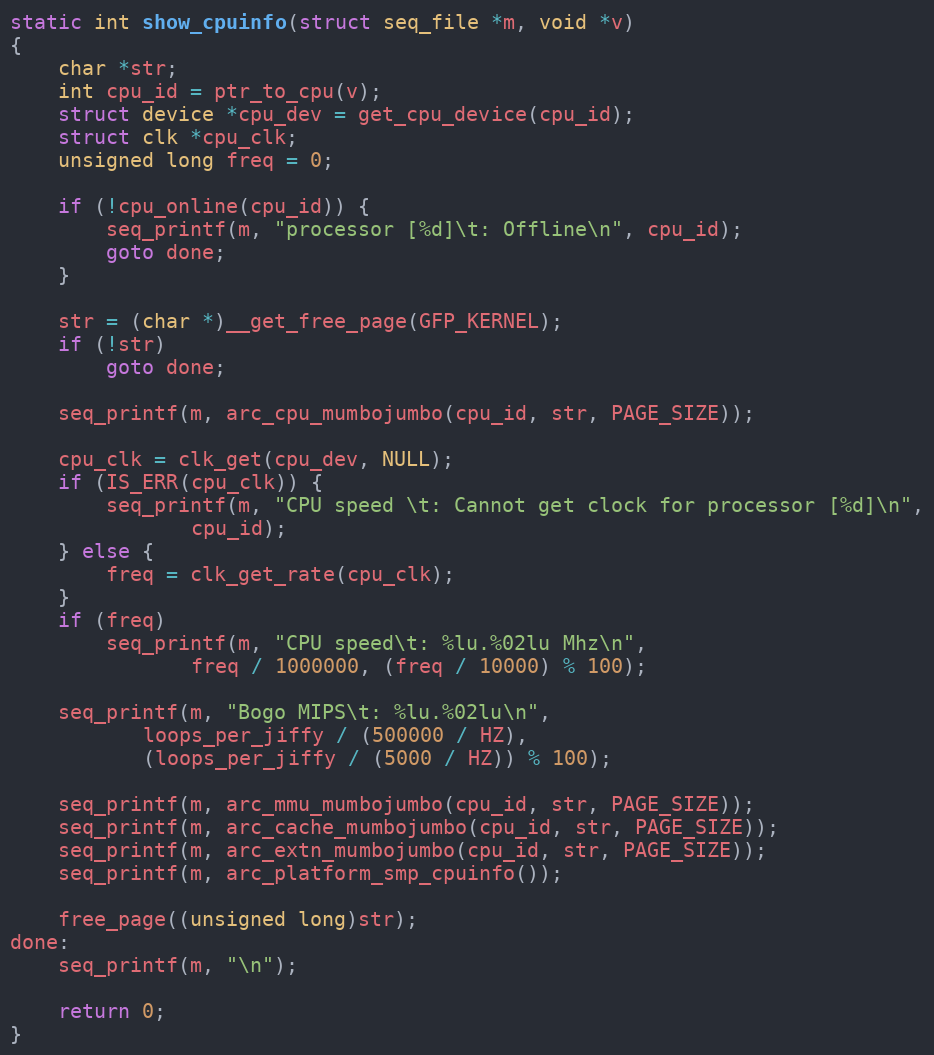
Language: C
static int show_cpuinfo(struct seq_file *m, void *v)
{
	char *str;
	int cpu_id = ptr_to_cpu(v);
	struct device *cpu_dev = get_cpu_device(cpu_id);
	struct clk *cpu_clk;
	unsigned long freq = 0;

	if (!cpu_online(cpu_id)) {
		seq_printf(m, "processor [%d]\t: Offline\n", cpu_id);
		goto done;
	}

	str = (char *)__get_free_page(GFP_KERNEL);
	if (!str)
		goto done;

	seq_printf(m, arc_cpu_mumbojumbo(cpu_id, str, PAGE_SIZE));

	cpu_clk = clk_get(cpu_dev, NULL);
	if (IS_ERR(cpu_clk)) {
		seq_printf(m, "CPU speed \t: Cannot get clock for processor [%d]\n",
			   cpu_id);
	} else {
		freq = clk_get_rate(cpu_clk);
	}
	if (freq)
		seq_printf(m, "CPU speed\t: %lu.%02lu Mhz\n",
			   freq / 1000000, (freq / 10000) % 100);

	seq_printf(m, "Bogo MIPS\t: %lu.%02lu\n",
		   loops_per_jiffy / (500000 / HZ),
		   (loops_per_jiffy / (5000 / HZ)) % 100);

	seq_printf(m, arc_mmu_mumbojumbo(cpu_id, str, PAGE_SIZE));
	seq_printf(m, arc_cache_mumbojumbo(cpu_id, str, PAGE_SIZE));
	seq_printf(m, arc_extn_mumbojumbo(cpu_id, str, PAGE_SIZE));
	seq_printf(m, arc_platform_smp_cpuinfo());

	free_page((unsigned long)str);
done:
	seq_printf(m, "\n");

	return 0;
}